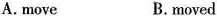
A.move B.moved